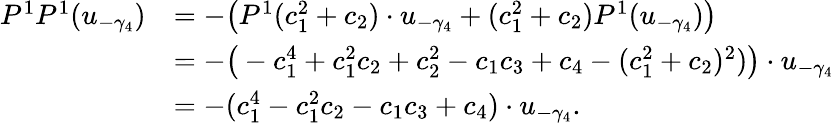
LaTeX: \begin{array}{rl}{P^{1}P^{1}(u_{-\gamma_{4}})}&{=-\big(P^{1}(c_{1}^{2}+c_{2})\cdot u_{-\gamma_{4}}+(c_{1}^{2}+c_{2})P^{1}(u_{-\gamma_{4}})\big)}\\ &{=-\big(-c_{1}^{4}+c_{1}^{2}c_{2}+c_{2}^{2}-c_{1}c_{3}+c_{4}-(c_{1}^{2}+c_{2})^{2})\big)\cdot u_{-\gamma_{4}}}\\ &{=-(c_{1}^{4}-c_{1}^{2}c_{2}-c_{1}c_{3}+c_{4})\cdot u_{-\gamma_{4}}.}\end{array}